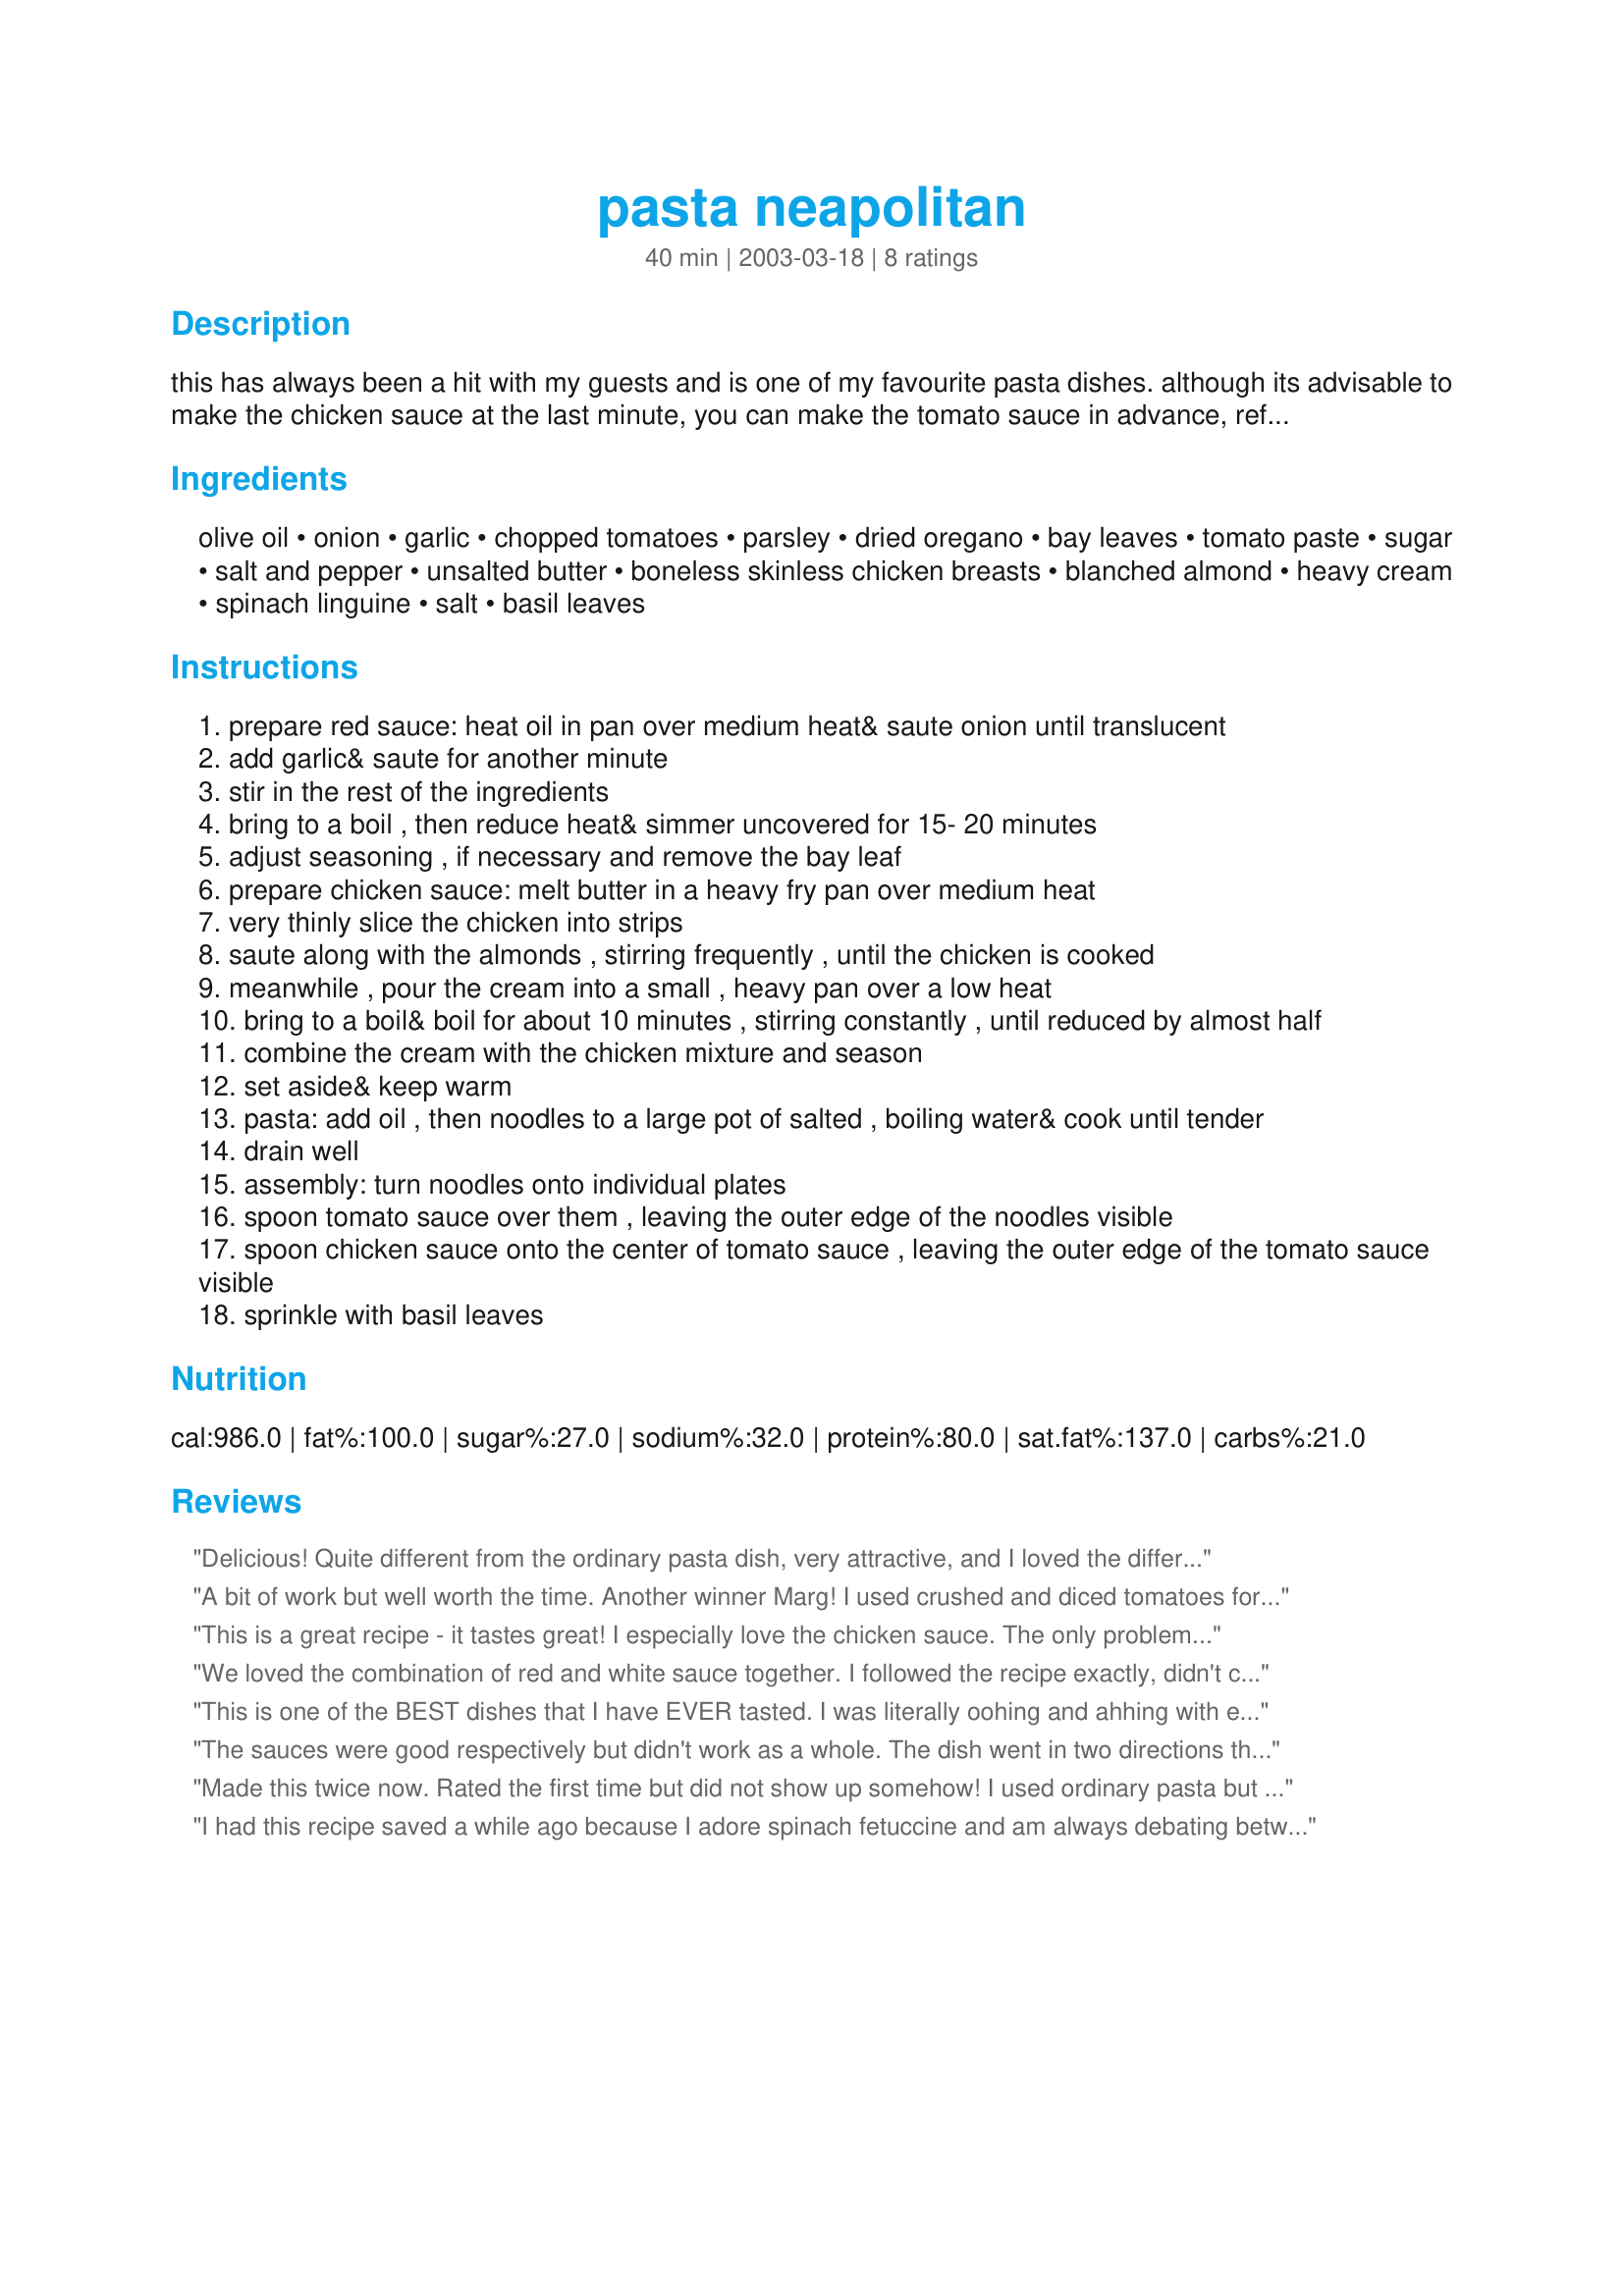
pasta neapolitan
Preparation time: 40 minutes

this has always been a hit with my guests and is one of my favourite pasta dishes. although its advisable to make the chicken sauce at the last minute, you can make the tomato sauce in advance, refrigerate & reheat. the chicken sauce tastes as good made with half & half but it takes longer to thicken. the dish can be made with any pasta - it doesn't have to be green - only if you want the tri-colour (neapolitan) presentation.

Ingredients:
olive oil, onion, garlic, chopped tomatoes, parsley, dried oregano, bay leaves, tomato paste, sugar, salt and pepper, unsalted butter, boneless skinless chicken breasts, blanched almond, heavy cream, spinach linguine, salt, basil leaves

Steps:
prepare red sauce: heat oil in pan over medium heat& saute onion until translucent
add garlic& saute for another minute
stir in the rest of the ingredients
bring to a boil , then reduce heat& simmer uncovered for 15- 20 minutes
adjust seasoning , if necessary and remove the bay leaf
prepare chicken sauce: melt butter in a heavy fry pan over medium heat
very thinly slice the chicken into strips
saute along with the almonds , stirring frequently , until the chicken is cooked
meanwhile , pour the cream into a small , heavy pan over a low heat
bring to a boil& boil for about 10 minutes , stirring constantly , until reduced by almost half
combine the cream with the chicken mixture and season
set aside& keep warm
pasta: add oil , then noodles to a large pot of salted , boiling water& cook until tender
drain well
assembly: turn noodles onto individual plates
spoon tomato sauce over them , leaving the outer edge of the noodles visible
spoon chicken sauce onto the center of tomato sauce , leaving the outer edge of the tomato sauce visible
sprinkle with basil leaves

Reviews:
Delicious! Quite different from the ordinary pasta dish, very attractive, and I loved the different flavors and textures - the crunchy nuts combined with creamy chicken sauce was heavenly. A winner!
A bit of work but well worth the time. Another winner Marg! I used crushed and diced tomatoes for the red sauce, increaded the garlic and added in some red wine... I made this for Sunday dinner, my son couldn't get enough of it, I served this to my family and one friend, it was totally enjoyed by all, I plan on making this another time for my guests, it is that delicious, and one that should be tryed by all! ...Kitten:)
This is a great recipe - it tastes great! I especially love the chicken sauce. The only problem I found was that it took me a lot longer to make!
We loved the combination of red and white sauce together. I followed the recipe exactly, didn't change anything at all. It was absolutely delicious and looked so pretty too. A great recipe to serve to company. Thanks CountryLady
This is one of the BEST dishes that I have EVER tasted. I was literally oohing and ahhing with every bite and driving my husband crazy. We were fighting over the left-overs. The white and red sauce combination was perfect. Thank you so much for generously posting this recipe. This is one most people would keep to themselves.
The sauces were good respectively but didn't work as a whole. The dish went in two directions that did not mesh. We'll definitely not be making this again.
Made this twice now. Rated the first time but did not show up somehow! I used ordinary pasta but put a layer of blanched and seasoned spinach leaves over the pasta layer and then the sauces. Used milk in the white sauce instead of cream. It was a hit. Thank you. :) Fay
I had this recipe saved a while ago because I adore spinach fetuccine and am always debating between a white sauce or a red sauce. Could I ask for a more perfect solution? DH and I both devoured this. It's got a great, rich flavor that keeps you digging around your pasta bowl to make another 'perfect bite'.
